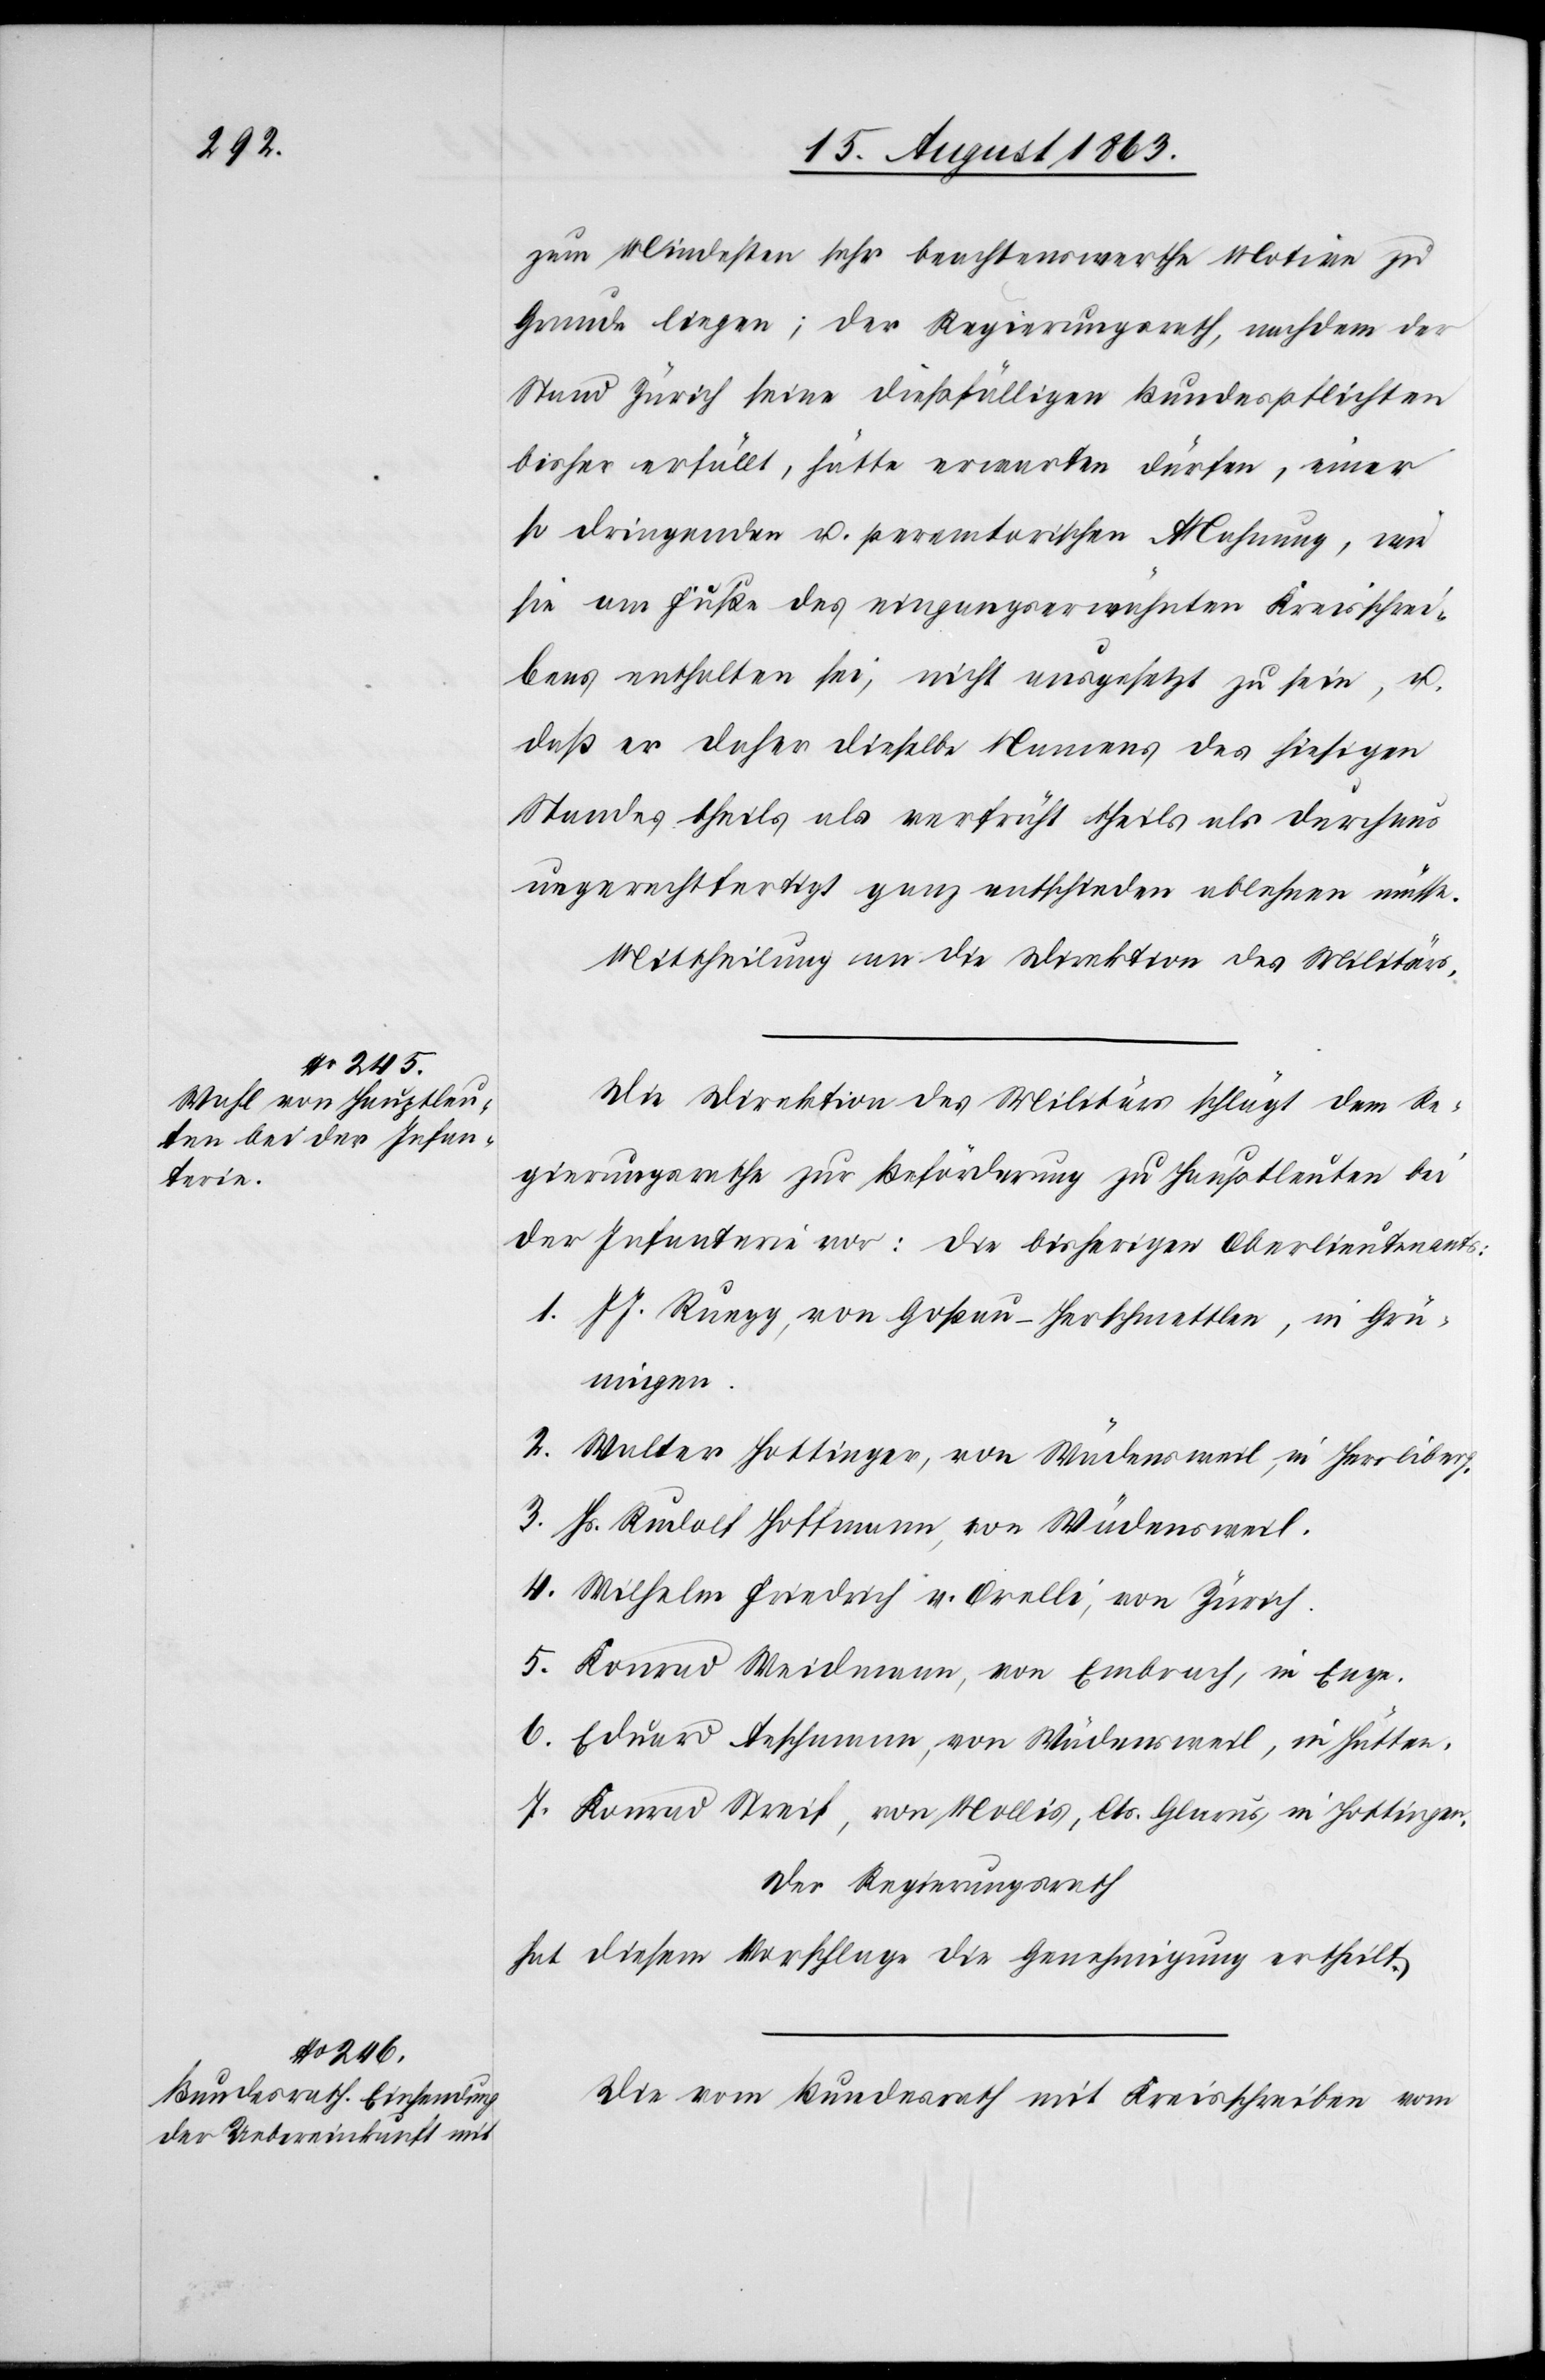
zum Mindesten sehr beachtenswerthe Motive zu
Grunde liegen; der Regierungsrath, nachdem der
Stand Zürich seine dießfälligen Bundespflichten
bisher erfüllt, hätte erwarten dürfen, einer
so dringenden u. peremtorischen Mahnung, wie
sie am Fuße des eingangserwähnten Kreisschrei¬
bens enthalten sei, nicht ausgesetzt zu sein, u.
daß er daher dieselbe Namens des hiesigen
Standes theils als verfrüht theils als durchaus
ungerechtfertigt ganz entschieden ablehnen müsse.
Mittheilung an die Direktion des Militärs.
Die Direktion des Militärs schlägt dem Re¬
gierungsrathe zur Beförderung zu Hauptleuten bei
der Infanterie vor: die bisherigen Oberlieutenants:
1. J J. Ruegg, von Goßau-Herschmettlen, in Grün¬
ingen.
2. Walter Hottinger, von Wädensweil, in Herrliberg.
3. Hs. Rudolf Hoffmann, von Wädensweil.
4. Wilhelm Friedrich v. Orelli, von Zürich.
5. Konrad Weidmann, von Embrach, in Enge.
6. Eduard Aeschmann, von Wädensweil, in Hütten.
7. Konrad Streif, von Mollis, Cts. Glarus, in Hottingen.
Der Regierungsrath
hat diesem Vorschlage die Genehmigung ertheilt.
Die vom Bundesrath mit Kreisschreiben vom